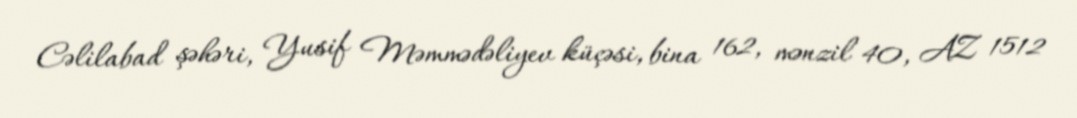
Cəlilabad şəhəri, Yusif Məmmədəliyev küçəsi, bina 162, mənzil 40, AZ 1512